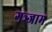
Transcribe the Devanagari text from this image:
गञ्जाम